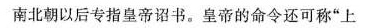
南北朝以后专指皇帝诏书。皇帝的命令还可称”上